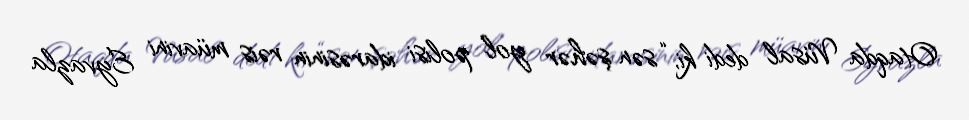
Otaqda Vüsal dedi ki, “sən şəhər yol polisi idarəsinin rəis müavini Eyvazla